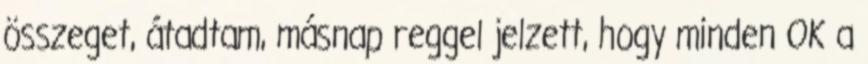
összeget, átadtam, másnap reggel jelzett, hogy minden OK a